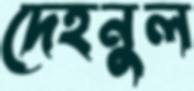
দেহনুল